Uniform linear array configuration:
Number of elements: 12
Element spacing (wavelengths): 0.75
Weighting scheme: kaiser
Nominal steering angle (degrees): -60
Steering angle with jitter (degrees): -58.729
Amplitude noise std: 0.05
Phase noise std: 0.05

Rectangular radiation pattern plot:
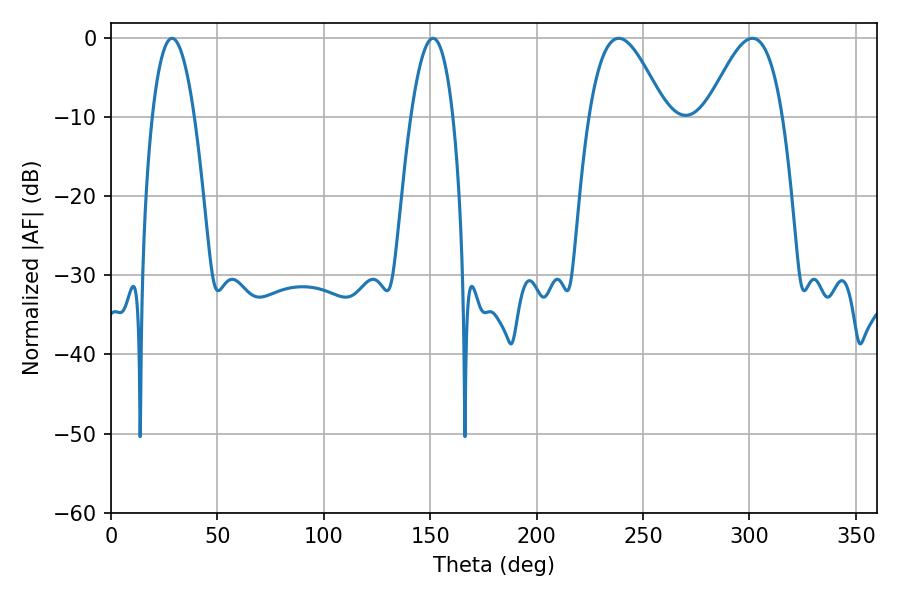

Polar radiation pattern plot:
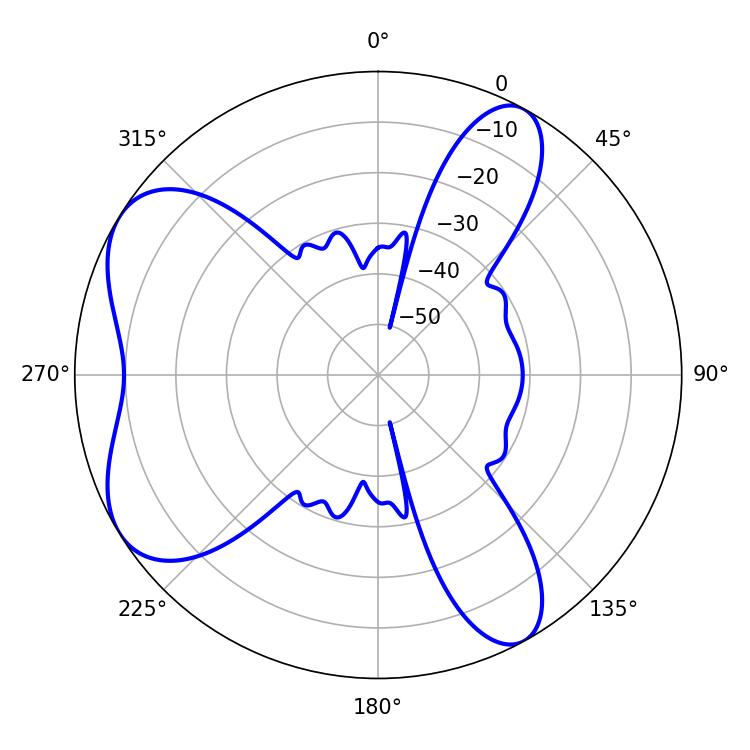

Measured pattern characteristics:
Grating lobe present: TRUE
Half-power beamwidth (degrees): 19.44
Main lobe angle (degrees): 238.5